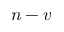
n - v